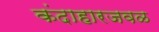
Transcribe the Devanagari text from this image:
कंदाहारजवळ